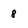
Character: 8